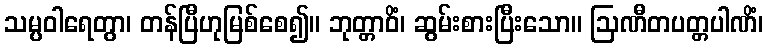
သမ္ပဝါရေတွာ၊ တန်ပြီဟုမြစ်စေ၍။ ဘုတ္တာဝိံ၊ ဆွမ်းစားပြီးသော။ ဩဏီတပတ္တပါဏိံ၊